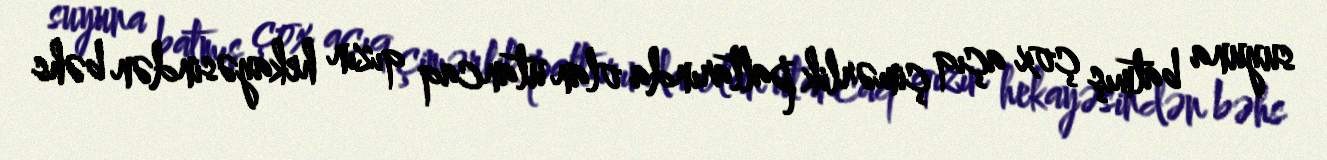
suyuna batmış çox açıq çimərlik paltarında olan utancaq qızın hekayəsindən bəhs